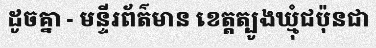
ដូចគ្នា - មន្ទីរព័ត៌មាន ខេត្តត្បូងឃ្មុំជប៉ុនជា